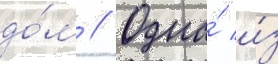
до́м // Одна́ и́з